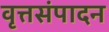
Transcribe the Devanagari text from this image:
वृत्तसंपादन